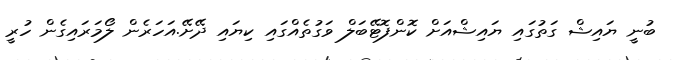
ބުނީ ޔައިޝް ގަތުގައި ޔައިޝްއަށް ކޮންފޮޓޭބަލް ވަގުތެއްގައި ކިޔައި ދޭށޭ.އަހަރެން ލޯމަރައިގެން ހުރީ